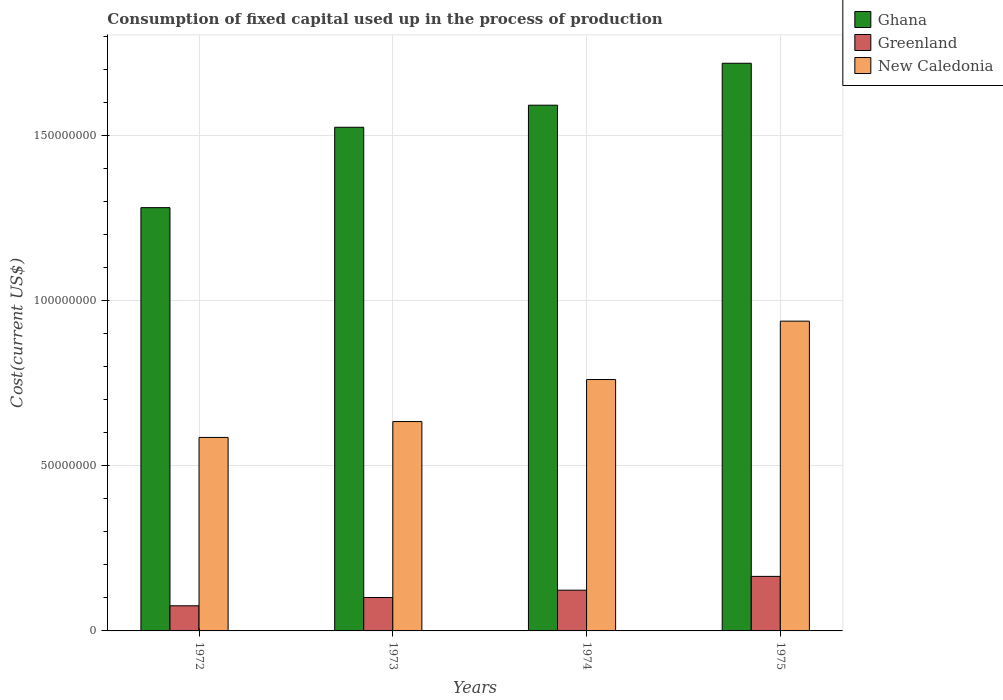
| Years | Ghana | Greenland | New Caledonia |
 | --- | --- | --- | --- |
 | 1972 | 1.28e+08 | 7.6e+06 | 5.85e+07 |
 | 1973 | 1.52e+08 | 1.01e+07 | 6.33e+07 |
 | 1974 | 1.59e+08 | 1.23e+07 | 7.61e+07 |
 | 1975 | 1.72e+08 | 1.65e+07 | 9.37e+07 |